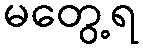
မတွေ့ရ